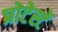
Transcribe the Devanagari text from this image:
प्रोटेस्टें